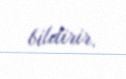
bildirir.